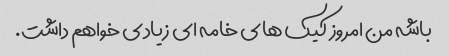
باشه من امروز کیک های خامه ای زیادی خواهم داشت.